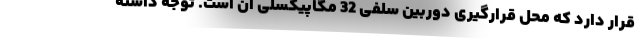
قرار دارد که محل قرارگیری دوربین سلفی 32 مگاپیکسلی آن است. توجه داشته